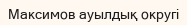
Максимов ауылдық округі